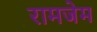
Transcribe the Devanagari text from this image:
रामजेम